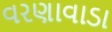
વરણાવાડા